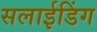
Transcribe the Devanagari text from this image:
सलाईडिंग